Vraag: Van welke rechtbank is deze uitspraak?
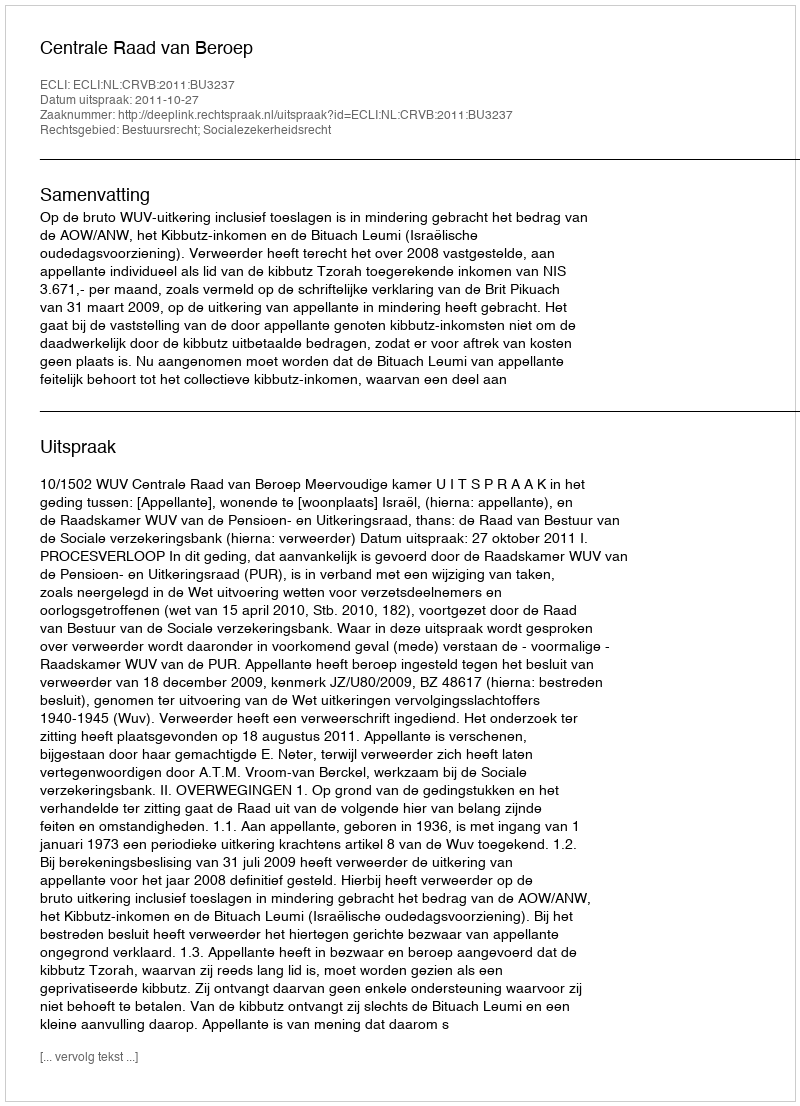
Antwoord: Centrale Raad van Beroep